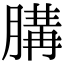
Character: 䐟